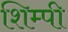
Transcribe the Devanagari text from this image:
शिम्पी